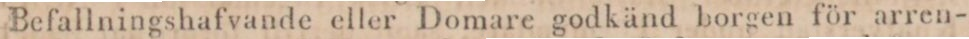
Befallningshafvande eller Domare godkänd borgen för arren-